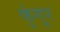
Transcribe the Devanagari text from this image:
कुंगूर